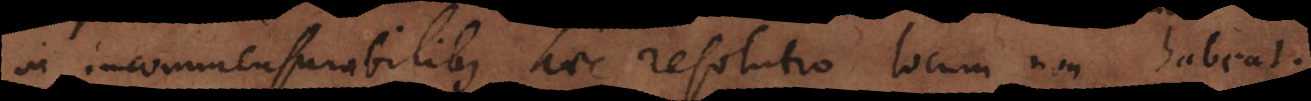
in incommensurabilibus haec resolutio locum non habeat.